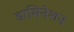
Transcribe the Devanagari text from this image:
डामिनेशन